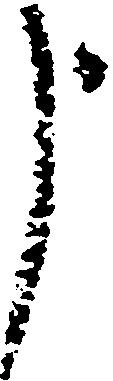
申